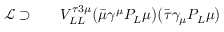
\begin{array} { r l r } { \mathcal { L } \supset } & { { } } & { V _ { L L } ^ { \tau 3 \mu } \big ( \bar { \mu } \gamma ^ { \mu } P _ { L } \mu \big ) \big ( \bar { \tau } \gamma _ { \mu } P _ { L } \mu \big ) } \end{array}